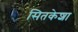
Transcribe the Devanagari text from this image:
सितकेशा